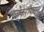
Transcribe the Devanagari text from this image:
लोकरीपासून